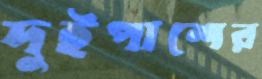
দুইপাশের